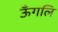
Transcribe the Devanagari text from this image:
ऊँगलि